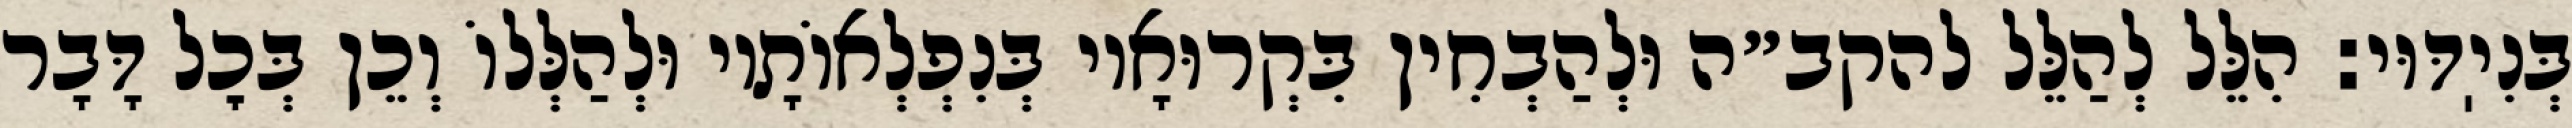
בְּנִיֽדּוּי: הִלֵּל לְהַלֵּל להקב״ה וּלְהַבְחִין בִּקְרוּאָיו בְּנִפְלְאוֹתָיו וּלְהַלְּלוֹ וְכֵן בְּכׇל דָּבָר